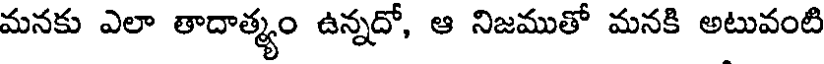
మనకు ఎలా తాదాత్మ్యం ఉన్నదో, ఆ నిజముతో మనకి అటువంటి